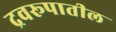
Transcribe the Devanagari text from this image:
द्रवरूपातील